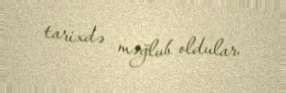
tarixdə məğlub oldular.